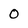
Character: 0